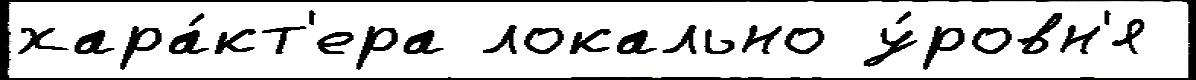
хара́кт'ера локально у́ровн'я